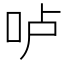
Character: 𠰷